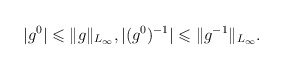
\begin{align*}\vert g^0\vert \leqslant \Vert g\Vert _{L_\infty},\vert (g^0)^{-1}\vert \leqslant \Vert g^{-1}\Vert _{L_\infty}.\end{align*}